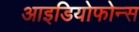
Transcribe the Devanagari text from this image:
आइडियोफोन्स